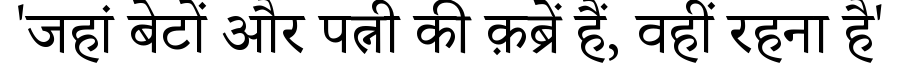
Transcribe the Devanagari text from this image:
'जहां बेटों और पत्नी की क़ब्रें हैं, वहीं रहना है'